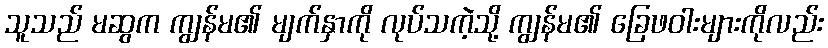
သူသည် မဆွက ကျွန်မ၏ မျက်နှာကို လုပ်သကဲ့သို့ ကျွန်မ၏ ခြေဖဝါးများကိုလည်း